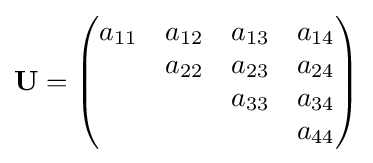
\mathbf {U} ={\begin{pmatrix}a_{11}&a_{12}&a_{13}&a_{14}\\&a_{22}&a_{23}&a_{24}\\&&a_{33}&a_{34}\\&&&a_{44}\\\end{pmatrix}}